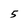
Character: 5